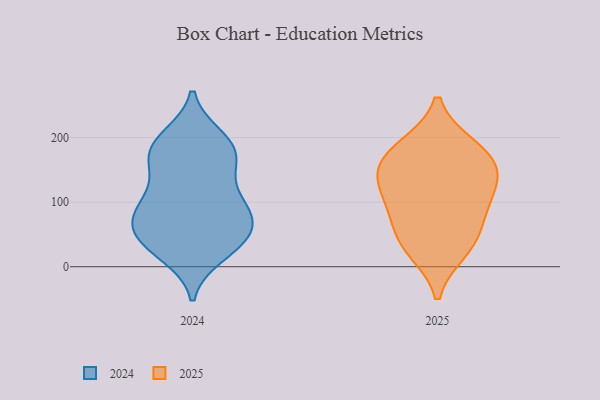
{"axis": {"x": "Active Users", "y": "Value"}, "legend": ["2024", "2025"], "data": [{"x": "", "y": 65, "type": "2024"}, {"x": "", "y": 92, "type": "2024"}, {"x": "", "y": 98, "type": "2024"}, {"x": "", "y": 65, "type": "2024"}, {"x": "", "y": 19, "type": "2024"}, {"x": "", "y": 52, "type": "2024"}, {"x": "", "y": 36, "type": "2024"}, {"x": "", "y": 179, "type": "2024"}, {"x": "", "y": 159, "type": "2024"}, {"x": "", "y": 159, "type": "2024"}, {"x": "", "y": 170, "type": "2024"}, {"x": "", "y": 185, "type": "2024"}, {"x": "", "y": 118, "type": "2024"}, {"x": "", "y": 37, "type": "2024"}, {"x": "", "y": 85, "type": "2024"}, {"x": "", "y": 198, "type": "2024"}, {"x": "", "y": 63, "type": "2024"}, {"x": "", "y": 27, "type": "2024"}, {"x": "", "y": 101, "type": "2024"}, {"x": "", "y": 200, "type": "2024"}, {"x": "", "y": 34, "type": "2025"}, {"x": "", "y": 25, "type": "2025"}, {"x": "", "y": 149, "type": "2025"}, {"x": "", "y": 187, "type": "2025"}, {"x": "", "y": 89, "type": "2025"}, {"x": "", "y": 185, "type": "2025"}, {"x": "", "y": 148, "type": "2025"}, {"x": "", "y": 56, "type": "2025"}, {"x": "", "y": 99, "type": "2025"}, {"x": "", "y": 119, "type": "2025"}, {"x": "", "y": 153, "type": "2025"}]}